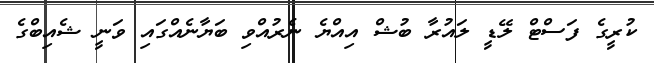
ކުރީގެ ފަސްޓް ލޭޑީ ލައުރާ ބުޝް އިއްޔެ ނެރުއްވި ބަޔާނެއްގައި ވަނީ ޝެއިބްގެ